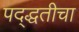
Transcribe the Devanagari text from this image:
पद्द्धतीचा